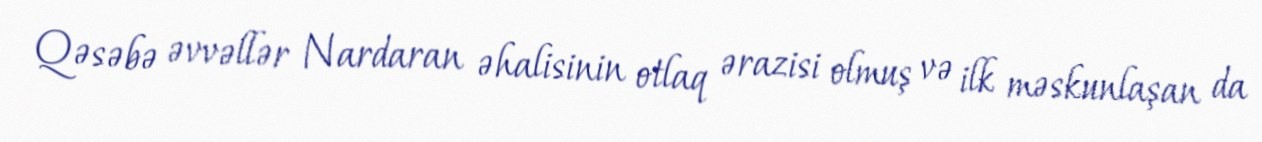
Qəsəbə əvvəllər Nardaran əhalisinin otlaq ərazisi olmuş və ilk məskunlaşan da